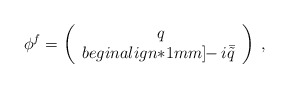
\begin{align*}\phi^f=\left(\begin{array}{cc}~q\\begin{align*}1mm] \!\!-i\bar{\tilde q}\end{array}\right)\;,\end{align*}